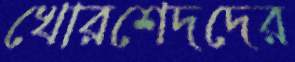
খোরশেদদের